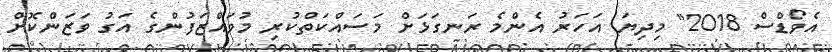
އެވޯޑްސް 2018" މިދިޔަ އަހަރު އެންމެ ރަނގަޅަށް މަސައްކަތްކުރި މުވައްޒަފުންގެ އަގު ވަޒަންކޮށް